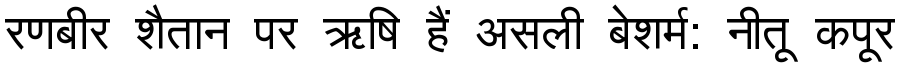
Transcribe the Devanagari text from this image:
रणबीर शैतान पर ऋषि हैं असली बेशर्म: नीतू कपूर